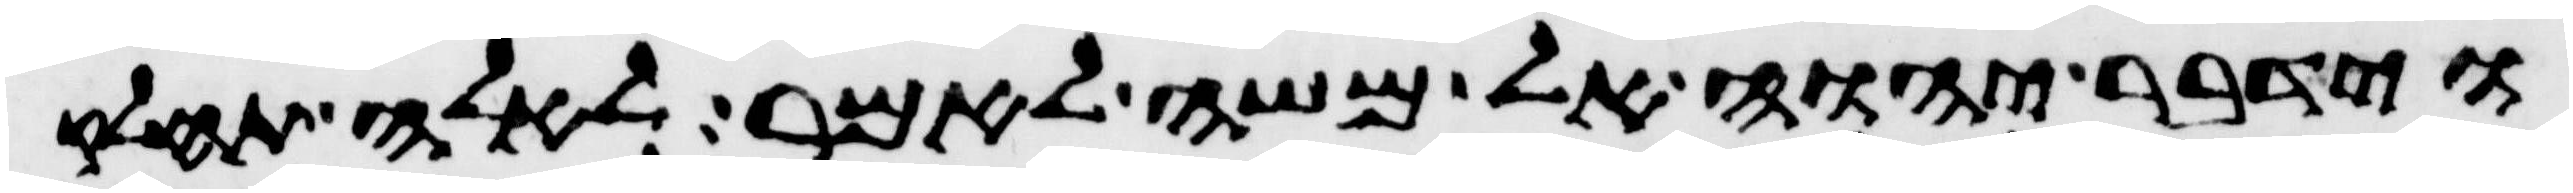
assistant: וידבר יהוה אל משה לאמר לאלה תחלק